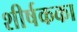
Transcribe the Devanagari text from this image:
शीर्षकका